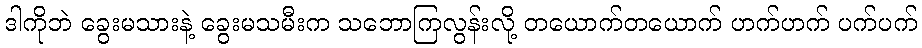
ဒါကိုဘဲ ခွေးမသားနဲ့ ခွေးမသမီးက သဘောကြလွန်းလို့ တယောက်တယောက် ဟက်ဟက် ပက်ပက်